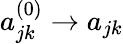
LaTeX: {a_{jk}^{(0)}}\to a_{jk}